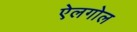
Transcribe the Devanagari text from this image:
ऐलगोल